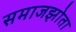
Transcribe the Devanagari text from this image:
समाजझोता